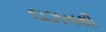
દાઝવાથી